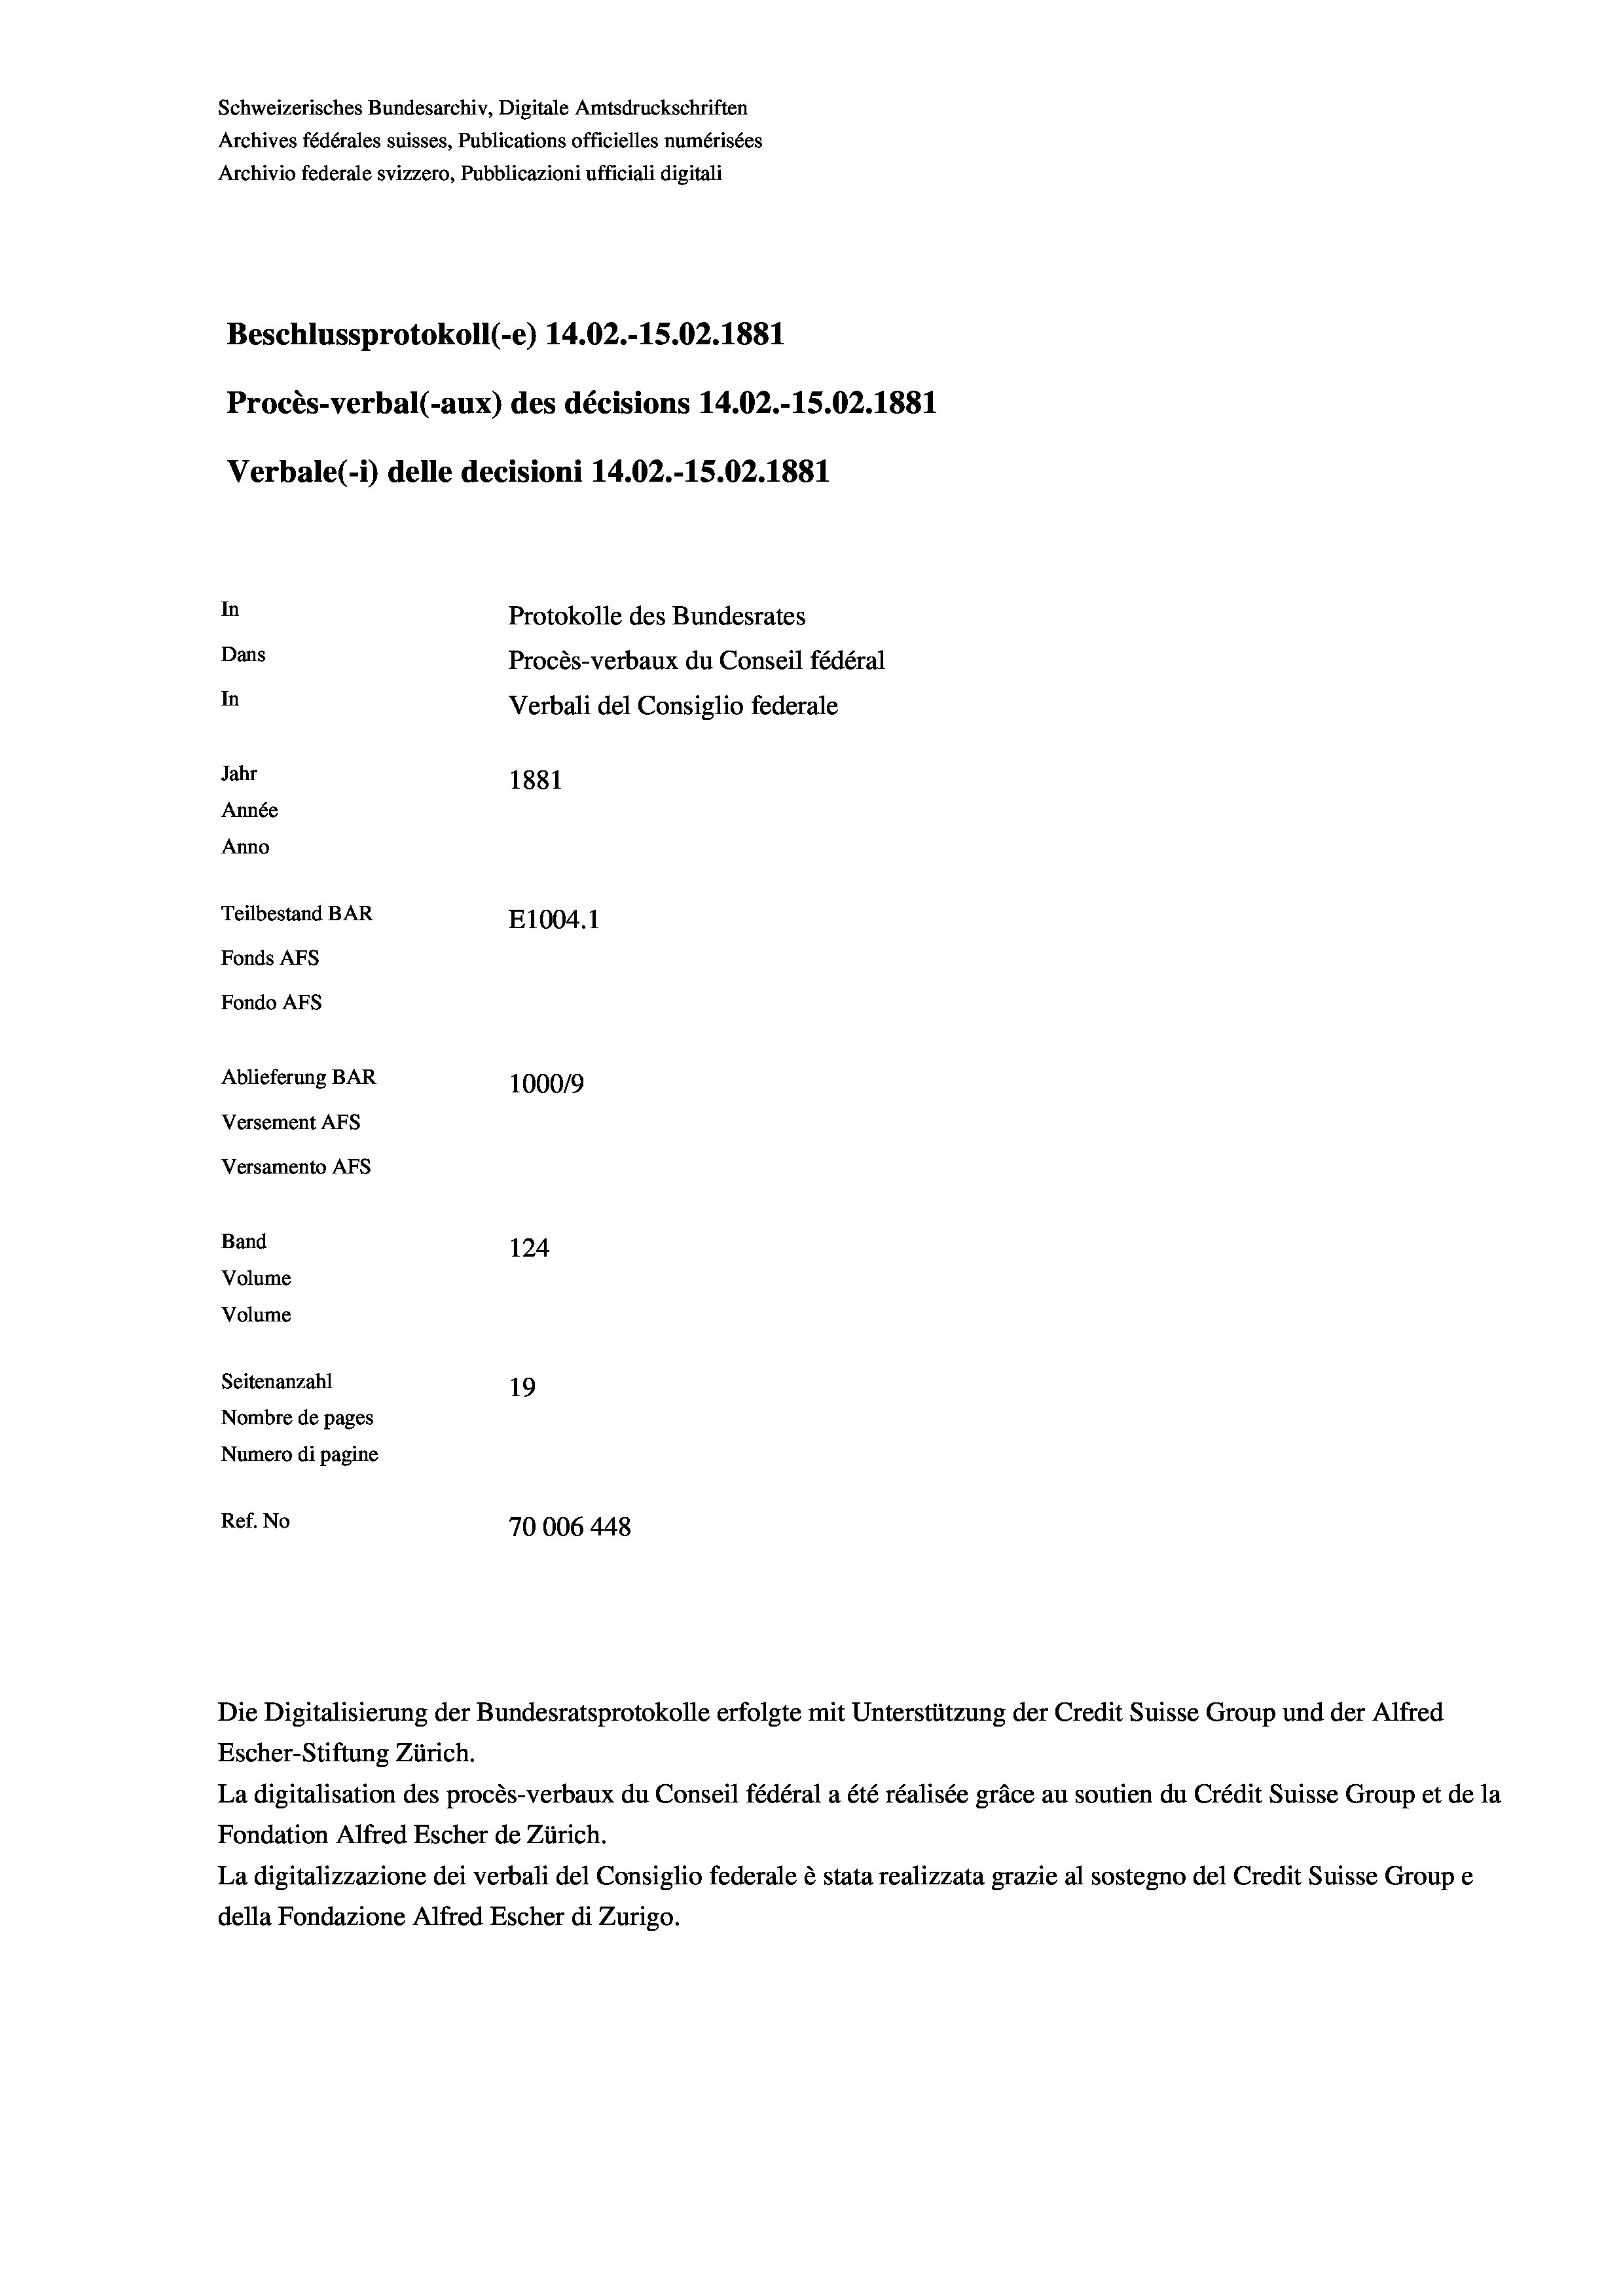
Schweizerisches Bundesarchiv, Digitale Amtsdruckschriften
Archives fédérales suisses, Publications officielles numérisées
Archivio federale svizzero, Pubblicazioni ufficiali digitali
Beschlussprotokoll (-e) 14.02.-15.02.1881
Procès-verbal (-aux) des décisions 14.02.-15.02. 1881
Verbale (- 1) delle decisioni 14.02.-15.02. 1881
In
Protokolle des Bundesrates
Dans
Procès-verbaux du Conseil fédéral
In
Verbali del Consiglio federale
Jahr
1881
Année
Anno
Teilbestand BAR
E1004. 1
Fonds AFs
Fondo Afs
Ablieferung BAR
100019
Versement AFs
Versamento Afs
Band
124
Volume
Volume

Seitenanzahl
19
Nombre de pages
Numero di pagine
Ref. No
70006 448

Escher-Stiftung Zürich.
La digitalisation des procès-verbaux du Conseil fédéral a été réalisée gräce au soutien du Crédit Suisse Group et de la
Fondation Alfred Escher de Zürich.
La digitalizzazione dei verbali del Consiglio federale è stata realizzata grazie al sostegno del Credit Suisse Groupe
della Fondazione Alfred Escher di Zurigo.

Die Digitalisierung der Bundesratsprotokolle erfolgte mit Unterstützung der Credit Suisse Group und der Alfred